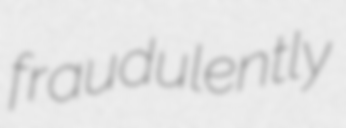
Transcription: fraudulently